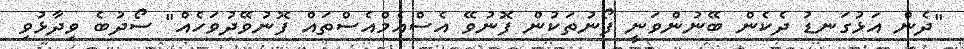
"ދެން އަޅުގަނޑު ދެކެން ބޭނުންވަނީ ފޯނުތަކުން ފޮނުވޭ އެސްއެމްއެސްތައް ފޮނުވޭދުވަހެއް" ސޯދުބެ ވިދާޅުވި